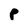
Character: P